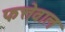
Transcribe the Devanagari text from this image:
फत्तेवाल